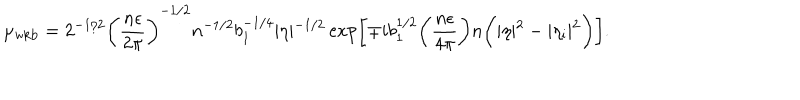
LaTeX: \mu _ { \mathrm { w k b } } = 2 ^ { - 1 / 2 } \biggl ( \frac { n \epsilon } { 2 \pi } \biggr ) ^ { - 1 / 2 } n ^ { - 1 / 2 } b _ { 1 } ^ { - 1 / 4 } \vert \eta \vert ^ { - 1 / 2 } \exp \biggl [ \mp i b _ { 1 } ^ { 1 / 2 } \biggl ( \frac { n \epsilon } { 4 \pi } \biggr ) n \biggl ( \vert \eta \vert ^ { 2 } - \vert \eta _ { \mathrm { i } } \vert ^ { 2 } \biggr ) \biggr ] .